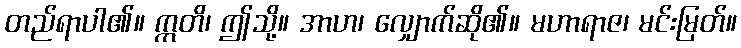
တည်ရာပါ၏။ ဣတိ၊ ဤသို့။ အာဟ၊ လျှောက်ဆို၏။ မဟာရာဇ၊ မင်းမြတ်။